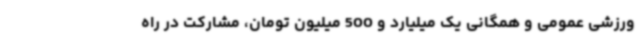
ورزشی عمومی و همگانی یک میلیارد و 500 میلیون تومان، مشارکت در راه